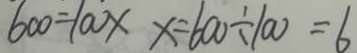
6 0 0 = 1 0 0 x x = 6 0 0 \div 1 0 0 = 6